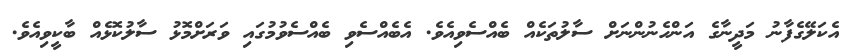
އެކަލޭގެފާނު މަދީނާގެ އަންހެނުންނަށް ސާލުތަކެއް ބެއްސެވިއެވެ. އެބެއްސެވި ބެއްސެވުމުގައި ވަރަށްމޮޅު ސާލުކޮޅެއް ބާކީވިއެވެ.